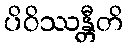
ပိဝိဿန္တီတိ